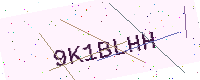
Text: 9K1BLHH